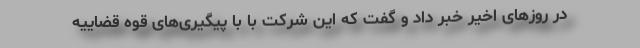
در روزهای اخیر خبر داد و گفت که این شرکت با با پیگیری‌های قوه قضاییه